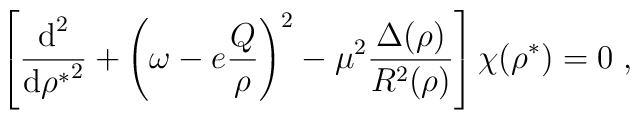
\left[ \frac{\mbox{d}^2}{{\mbox{d} {\rho}^*}^{2}} +\left( \omega - e \frac{Q}{\rho} \right)^{2} - \mu^2 \frac{\Delta(\rho)}{R^2(\rho)} \right] \chi ({\rho}^*) = 0  \; ,